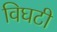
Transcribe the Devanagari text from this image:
विघटी